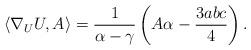
LaTeX: \begin{align*}\langle\nabla_UU,A\rangle=\frac{1}{\alpha-\gamma}\left(A\alpha-\frac{3abc}{4}\right).\end{align*}